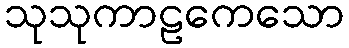
သုသုကာဠကေသော